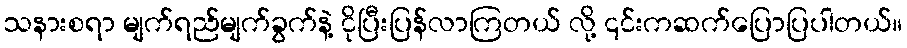
သနားစရာ မျက်ရည်မျက်ခွက်နဲ့ ငိုပြီးပြန်လာကြတယ် လို့ ၎င်းကဆက်ပြောပြပါတယ်။